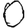
Digit: 0